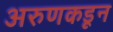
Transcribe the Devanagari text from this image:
अरुणकडून